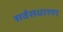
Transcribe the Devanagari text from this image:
सर्वसधारण